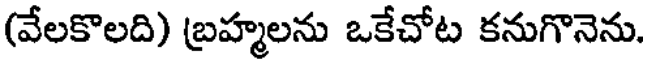
(వేలకొలది) బ్రహ్మలను ఒకేచోట కనుగొనెను.